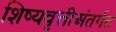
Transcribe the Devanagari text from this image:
शिष्यवृत्तीअंतर्गत